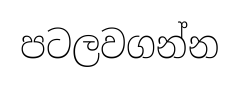
පටලවගන්න